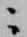
ニ